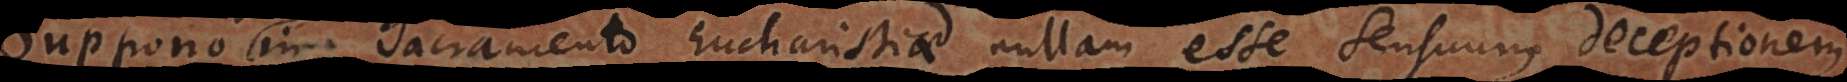
Theologis in Sacramento Eucharistiae nullam esse sensuum deceptionem,